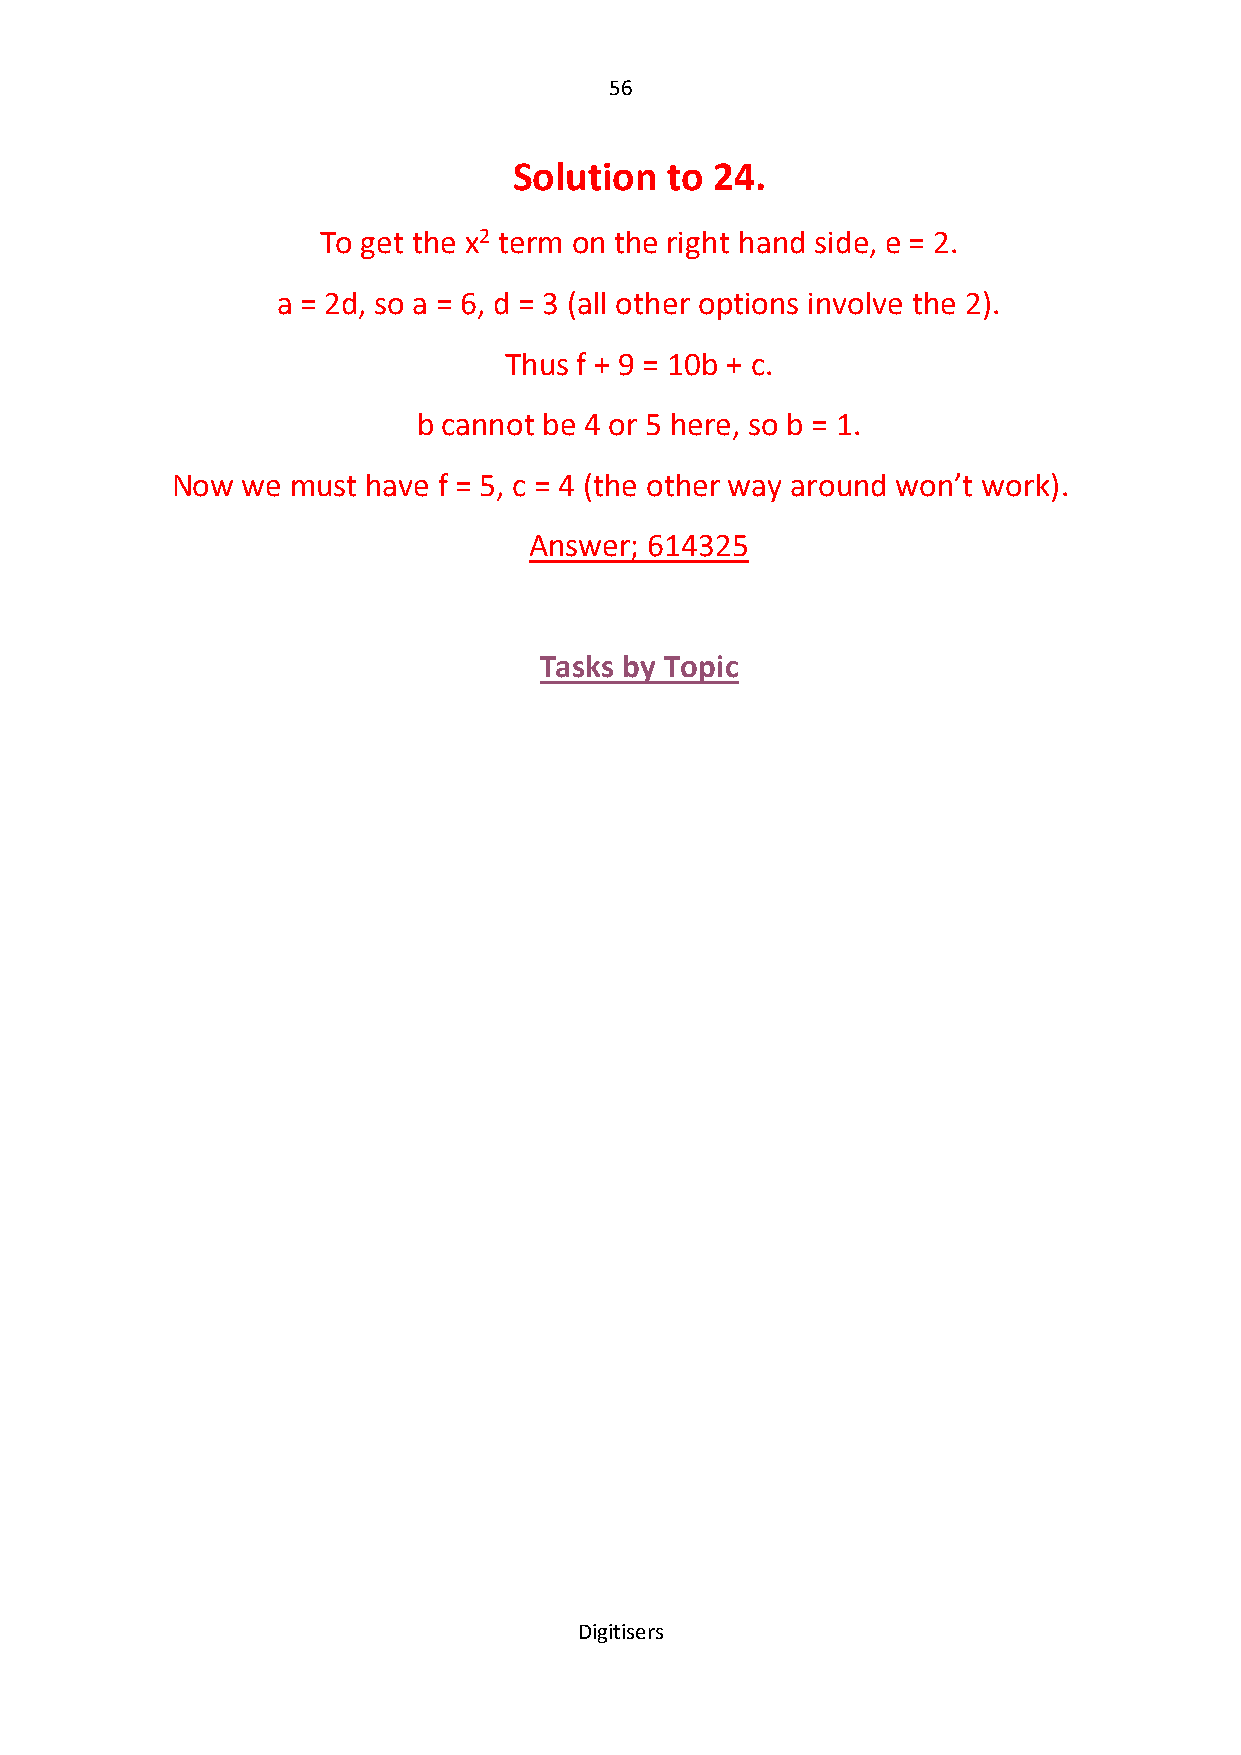
56
 Solution  to 24.
 To get the x2 term on the right hand side, e = 2.
 a = 2d, so a = 6, d = 3 (all other options involve the 2).
 Thus f + 9 = 10b + c.
 b cannot be 4 or 5 here, so b = 1.
 Now  we must have f = 5, c = 4 (the other way around won’t work).
 Answer; 614325
 Tasks by Topic
 Digitisers